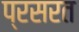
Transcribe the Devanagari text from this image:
प्रसरत